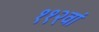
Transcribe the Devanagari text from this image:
११२वां